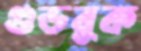
গুডবুক